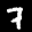
Label: 7